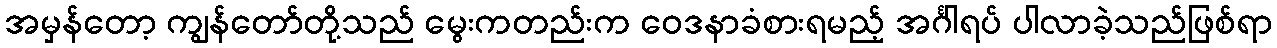
အမှန်တော့ ကျွန်တော်တို့သည် မွေးကတည်းက ဝေဒနာခံစားရမည့် အင်္ဂါရပ် ပါလာခဲ့သည်ဖြစ်ရာ